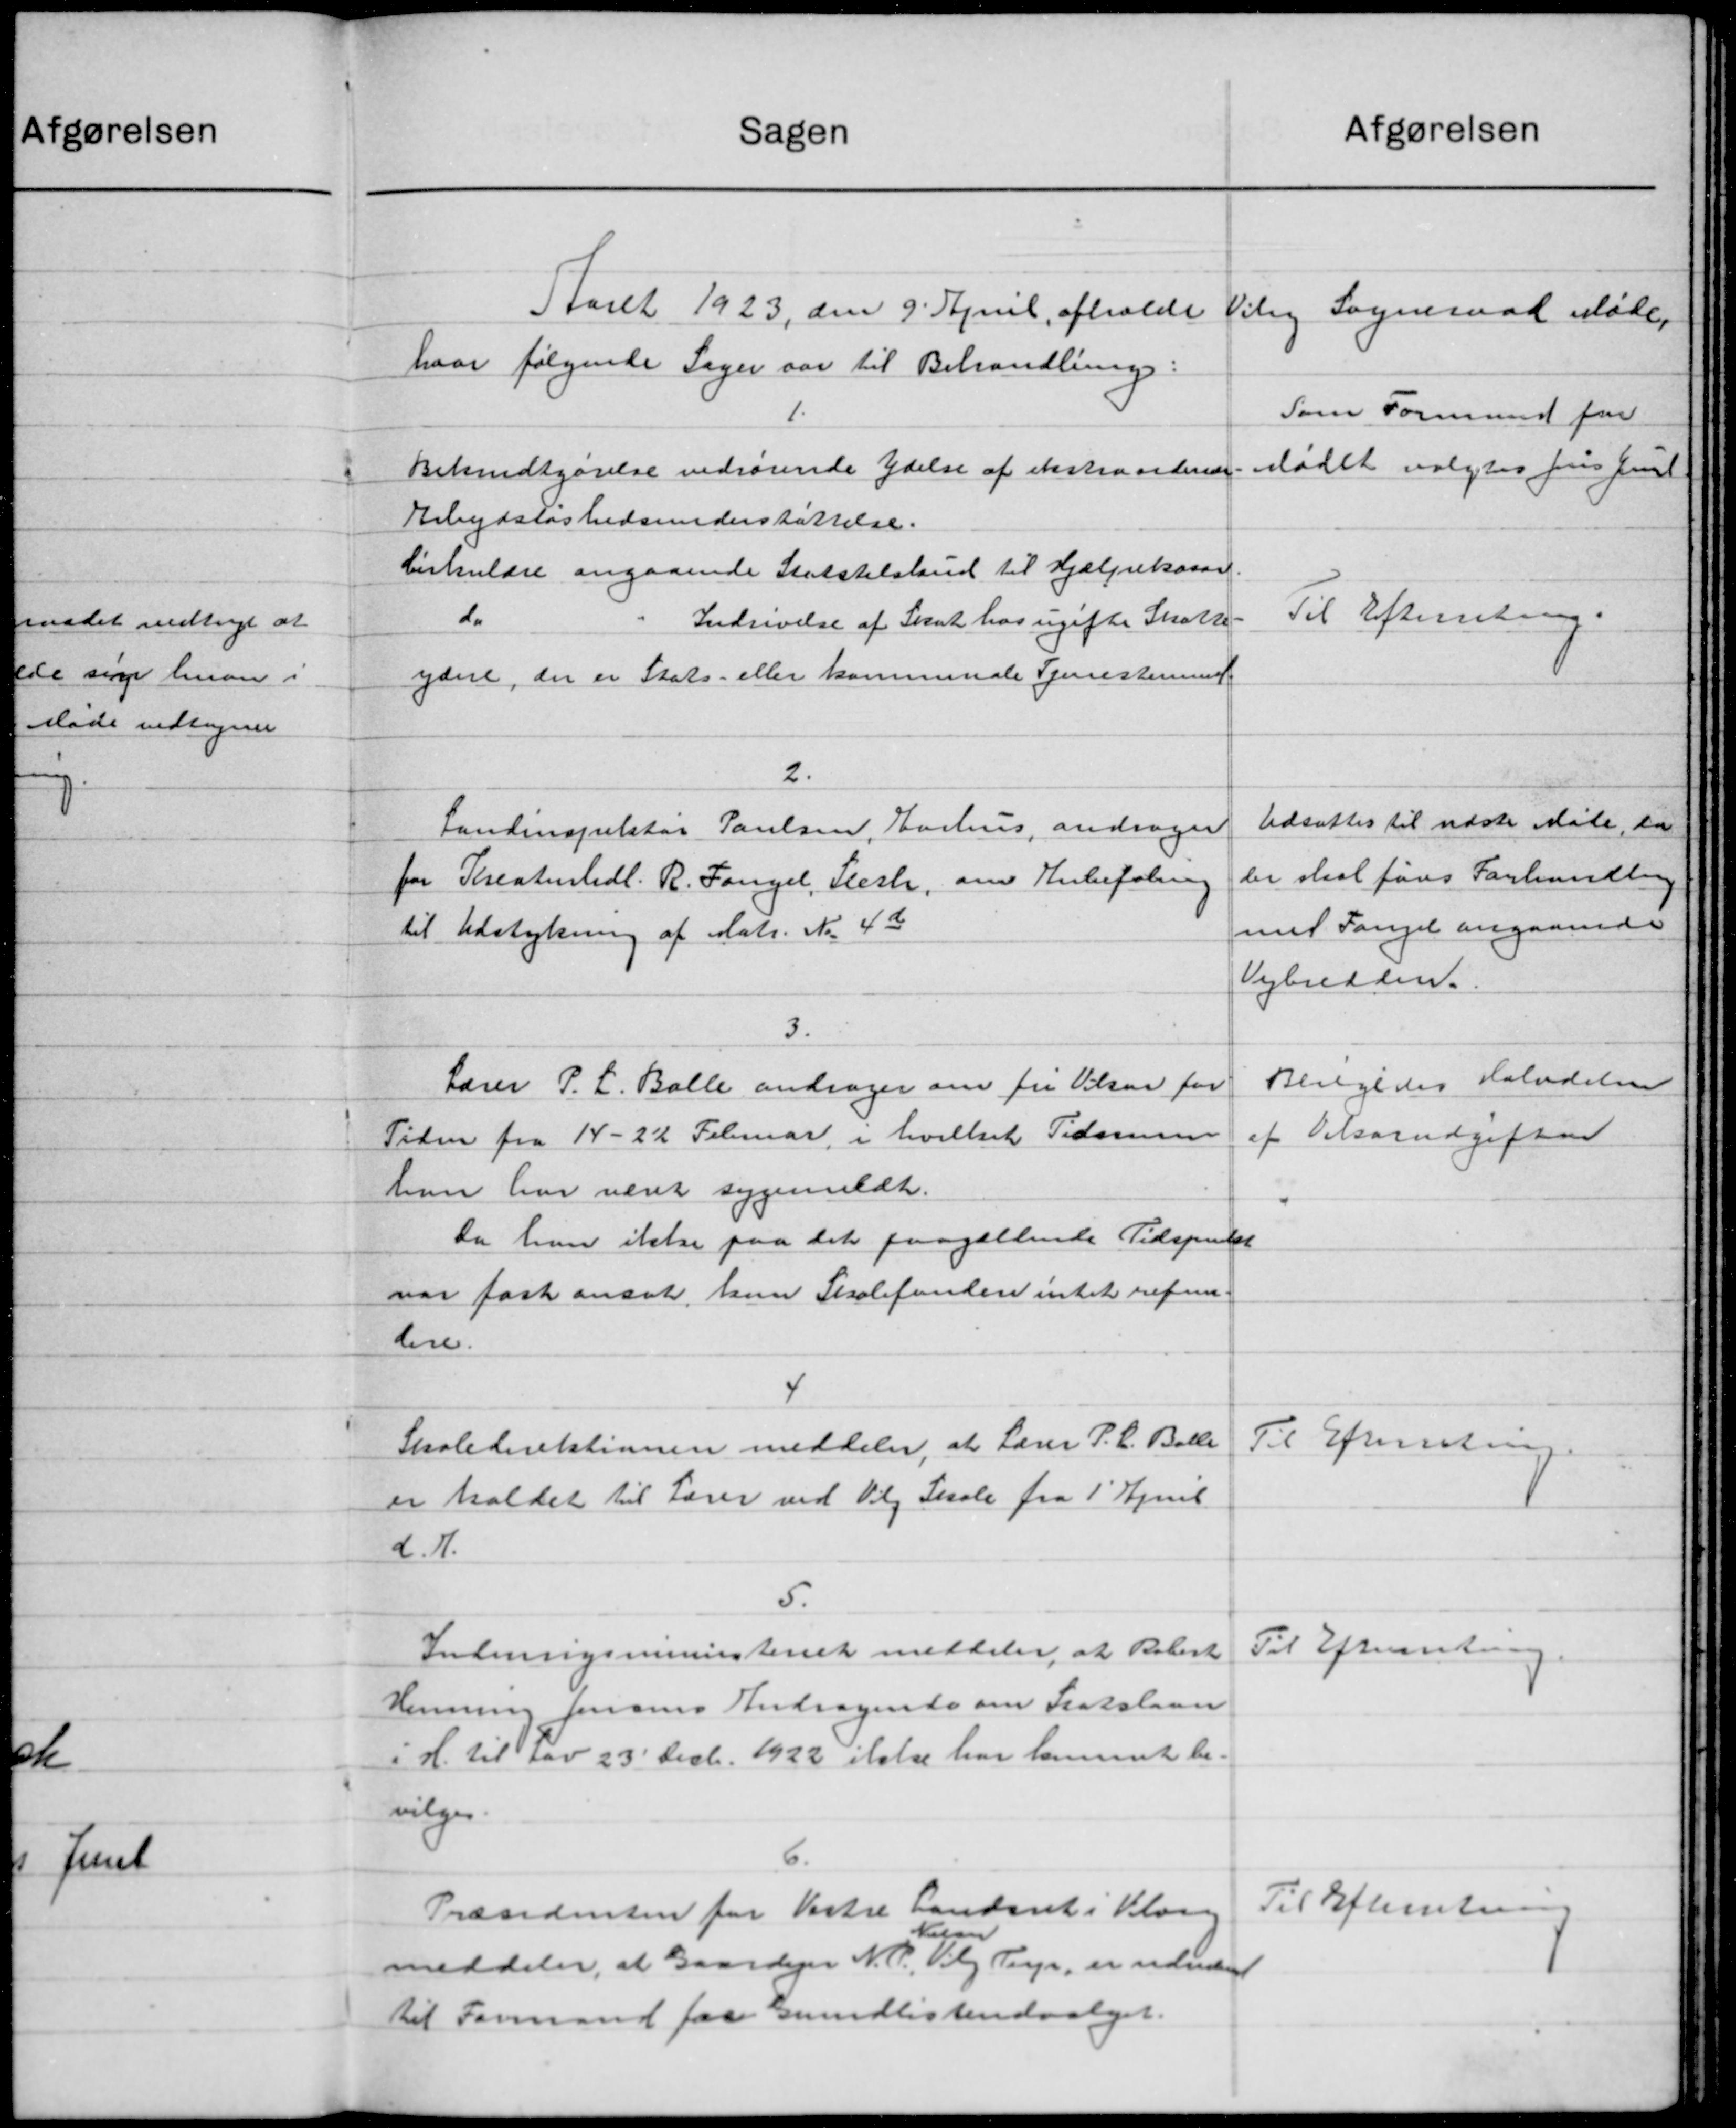
Transskription:
Afgørelsen
Sagen
Aaret 1923 den 9' April afholde
Kibig
Sogneraad Møde.
d
hvor følgende Sager var til Behandling:
Som Formand for
1.
Bekendtgørelse vedrørende Ydelse af ekstraordende Mødet valgtes pris Juul
Arbejdsløshedsunderstøttelse.
Cirkulære angaaende Statstilskud til Hjælpekasse.
Til Efterretning.
do
Indrivelse af Skat hos ugifte Skatte-
ydere, der er Stats- eller kommunale Tjenestemmet.
2.
Udsattes til sidste Mølle, da
Landinspektør Paulsen, Aarhus, andrager
ler skal føres Forhandling
for Theaterhdl. R. Fangel, Sleste, om Anbefaling
med Tangel angaaende
til Udstykning af Matr. Nr. 4de
Vejbredden.
3.
Beilgedes Halvdelen
Lærer P. L. Balle andrager om fri Vielsen for
af Tilsasudgifte
Tiden fra 14 - 22 Februar, i hvilket Tidensen
han har været sygemeldt.
Da han ikke paa det paagældende Tidspunkt
var fast ansat kun Skolefonden intet refun-
lere.
4
Til Efterretning.
Skoledirektionen meddeler, at Lærer P. C. Balle
er holdet til Lærer ved Vilg Skole fra 1' April
d. 1.
5.
Til Efterretning.
Indenrigsministeriet meddeler, at Robert
Henning Jensens Andragende om Statslaan
i H. til Lov 23' Decbr. 1922 itals har lemmet be-
vilges
6.
Til Efterretning
Præsidenten for Vestre Landsret i Kloa
Nielsen
meddeler, at Gaardejer N. P. Vilg Terp, er udnævnt
til Formand paa Grundlisteudvalget.